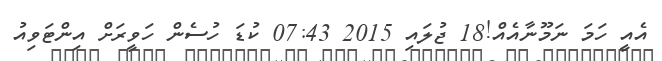
އެއީ ހަމަ ނަމޫނާއެއް!18 ޖުލައި 2015 07:43 ކުޑަ ހުސެން ހަވީރަށް އިންޓަވިއު